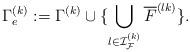
LaTeX: \begin{align*} \Gamma^{(k)}_e := \Gamma^{(k)} \cup \{\bigcup_{l\in{\mathcal{I}}_{\mathcal{F}}^{(k)}} \overline{F}^{(lk)}\}.\end{align*}